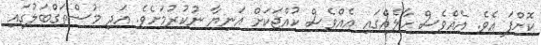
ކޮށްފަ އެވެ. އެއްވެސް ހާލެއްގައި އެއްވެސް ކުއްޖަކަށް އަނިޔާ ނުކުރުމަށެވެ. އަދި މުސްތަގްބަލުގައި